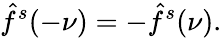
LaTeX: {\hat{f}}^{s}(-\nu)=-{\hat{f}}^{s}(\nu).